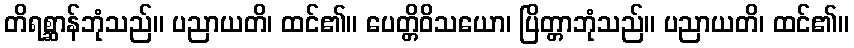
တိရစ္ဆာန်ဘုံသည်။ ပညာယတိ၊ ထင်၏။ ပေတ္တိဝိသယော၊ ပြိတ္တာဘုံသည်။ ပညာယတိ၊ ထင်၏။